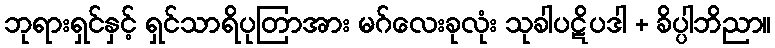
ဘုရားရှင်နှင့် ရှင်သာရိပုတြာအား မဂ်လေးခုလုံး သုခါပဋိပဒါ + ခိပ္ပါဘိညာ။